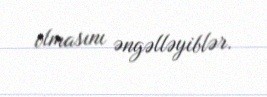
olmasını əngəlləyiblər.